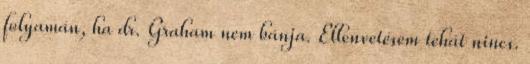
folyamán, ha dr. Graham nem bánja. Ellenvetésem tehát nincs.